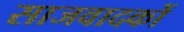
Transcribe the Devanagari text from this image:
साजवादकों